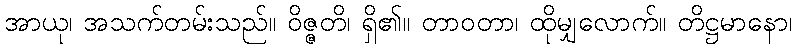
အာယု၊ အသက်တမ်းသည်။ ဝိဇ္ဇတိ၊ ရှိ၏။ တာဝတာ၊ ထိုမျှလောက်။ တိဋ္ဌမာနော၊